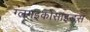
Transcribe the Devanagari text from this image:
ग्लग्इकोसाइड्स